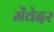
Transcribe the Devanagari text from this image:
मेंवेदर